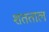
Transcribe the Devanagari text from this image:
शतताल